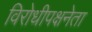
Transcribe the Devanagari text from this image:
विरोधीपक्षनेता